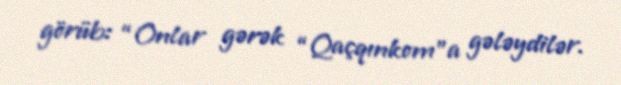
görüb: “Onlar gərək “Qaçqınkom”a gələydilər.